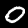
Digit: 0